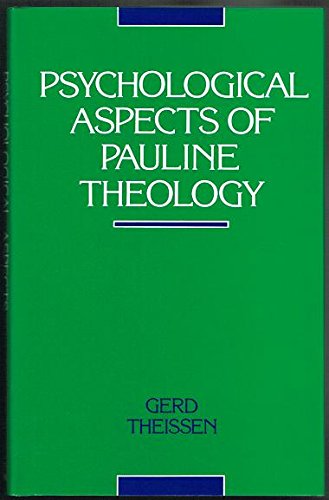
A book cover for Psychological Aspects of Pauline Theology; Gerd Theissen; Religion & Spirituality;